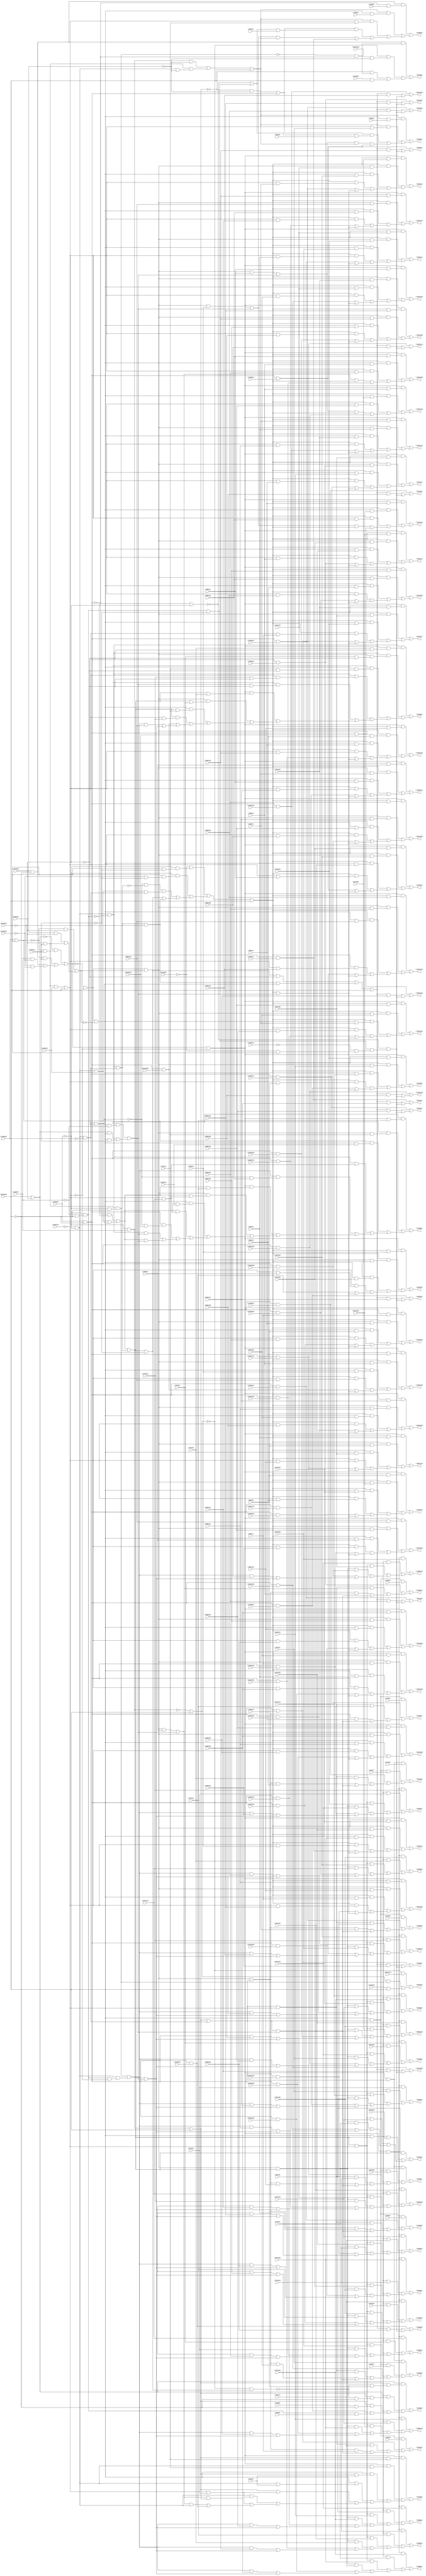
// IWLS benchmark module "i8" printed on Wed May 29 17:27:06 2002
module i8(\V133(3) , \V133(1) , \V133(2) , \V133(0) , \V133(5) , \V133(10) , \V133(6) , \V133(7) , \V133(8) , \V47(31) , \V47(30) , \V47(29) , \V47(28) , \V47(27) , \V47(26) , \V47(25) , \V47(24) , \V47(23) , \V47(22) , \V47(21) , \V47(20) , \V47(19) , \V47(18) , \V47(17) , \V47(16) , \V47(15) , \V47(14) , \V47(13) , \V47(12) , \V47(11) , \V47(10) , \V47(9) , \V47(8) , \V47(7) , \V47(6) , \V47(5) , \V47(4) , \V47(3) , \V47(2) , \V47(1) , \V47(0) , \V84(11) , \V84(10) , \V84(9) , \V84(8) , \V84(7) , \V84(6) , \V84(5) , \V84(4) , \V84(3) , \V84(2) , \V84(1) , \V15(14) , \V15(13) , \V15(12) , \V15(11) , \V15(10) , \V15(9) , \V15(8) , \V15(7) , \V15(6) , \V15(5) , \V15(4) , \V15(3) , \V15(2) , \V15(1) , \V15(0) , \V84(31) , \V84(30) , \V84(29) , \V84(28) , \V84(27) , \V84(26) , \V84(25) , \V84(24) , \V84(23) , \V84(22) , \V84(21) , \V84(20) , \V84(19) , \V84(18) , \V84(17) , \V84(16) , \V84(15) , \V84(14) , \V84(13) , \V84(12) , \V84(0) , \V48(0) , \V49(0) , \V116(0) , \V50(0) , \V52(0) , \V51(0) , \V116(2) , \V133(9) , \V116(1) , \V116(8) , \V116(7) , \V116(6) , \V116(5) , \V116(4) , \V116(3) , \V116(9) , \V116(11) , \V116(10) , \V116(12) , \V116(15) , \V116(14) , \V116(13) , \V116(16) , \V116(31) , \V116(30) , \V116(29) , \V116(28) , \V116(27) , \V116(26) , \V116(25) , \V116(24) , \V116(23) , \V116(22) , \V116(21) , \V116(20) , \V116(19) , \V116(18) , \V116(17) , \V121(16) , \V119(0) , \V121(17) , \V122(0) , \V133(4) , \V118(0) , \V118(1) , \V134(0) , \V136(1) , \V136(0) , \V142(5) , \V142(4) , \V142(3) , \V142(2) , \V142(1) , \V142(0) , \V143(0) , \V145(1) , \V145(0) , \V146(0) , \V149(2) , \V149(1) , \V149(0) , \V150(0) , \V165(14) , \V165(13) , \V165(12) , \V165(11) , \V165(10) , \V165(9) , \V165(8) , \V165(7) , \V165(6) , \V165(5) , \V165(4) , \V165(3) , \V165(2) , \V165(1) , \V165(0) , \V197(31) , \V197(30) , \V197(29) , \V197(28) , \V197(27) , \V197(26) , \V197(25) , \V197(24) , \V197(23) , \V197(22) , \V197(21) , \V197(20) , \V197(19) , \V197(18) , \V197(17) , \V197(16) , \V197(15) , \V197(14) , \V197(13) , \V197(12) , \V197(11) , \V197(10) , \V197(9) , \V197(8) , \V197(7) , \V197(6) , \V197(5) , \V197(4) , \V197(3) , \V197(2) , \V197(1) , \V197(0) , \V212(14) , \V212(13) , \V212(12) , \V212(11) , \V212(10) , \V212(9) , \V212(8) , \V212(7) , \V212(6) , \V212(5) , \V212(4) , \V212(3) , \V212(2) , \V212(1) , \V212(0) , \V213(0) , \V214(0) );
input
  \V47(24) ,
  \V84(31) ,
  \V15(14) ,
  \V84(30) ,
  \V47(21) ,
  \V47(20) ,
  \V15(11) ,
  \V15(10) ,
  \V47(27) ,
  \V47(26) ,
  \V47(29) ,
  \V47(28) ,
  \V47(31) ,
  \V133(10) ,
  \V47(30) ,
  \V116(27) ,
  \V116(26) ,
  \V116(29) ,
  \V116(28) ,
  \V116(3) ,
  \V116(2) ,
  \V116(5) ,
  \V116(4) ,
  \V116(21) ,
  \V116(1) ,
  \V116(20) ,
  \V116(0) ,
  \V47(0) ,
  \V116(23) ,
  \V47(1) ,
  \V116(22) ,
  \V47(2) ,
  \V116(25) ,
  \V121(17) ,
  \V47(3) ,
  \V116(24) ,
  \V121(16) ,
  \V47(4) ,
  \V116(17) ,
  \V116(7) ,
  \V47(5) ,
  \V116(16) ,
  \V116(6) ,
  \V47(6) ,
  \V116(19) ,
  \V48(0) ,
  \V116(9) ,
  \V47(7) ,
  \V116(18) ,
  \V116(8) ,
  \V47(8) ,
  \V47(9) ,
  \V118(1) ,
  \V118(0) ,
  \V49(0) ,
  \V116(11) ,
  \V84(0) ,
  \V116(10) ,
  \V84(1) ,
  \V116(13) ,
  \V84(2) ,
  \V116(12) ,
  \V84(3) ,
  \V116(15) ,
  \V84(4) ,
  \V119(0) ,
  \V116(14) ,
  \V84(5) ,
  \V84(6) ,
  \V84(7) ,
  \V84(8) ,
  \V84(9) ,
  \V84(13) ,
  \V116(31) ,
  \V84(12) ,
  \V116(30) ,
  \V84(15) ,
  \V84(14) ,
  \V84(11) ,
  \V84(10) ,
  \V133(3) ,
  \V133(2) ,
  \V133(5) ,
  \V15(0) ,
  \V133(4) ,
  \V15(1) ,
  \V84(17) ,
  \V50(0) ,
  \V15(2) ,
  \V84(16) ,
  \V15(3) ,
  \V133(1) ,
  \V84(19) ,
  \V15(4) ,
  \V133(0) ,
  \V84(18) ,
  \V15(5) ,
  \V84(23) ,
  \V15(6) ,
  \V84(22) ,
  \V15(7) ,
  \V84(25) ,
  \V15(8) ,
  \V51(0) ,
  \V47(13) ,
  \V84(24) ,
  \V15(9) ,
  \V47(12) ,
  \V133(7) ,
  \V47(15) ,
  \V133(6) ,
  \V47(14) ,
  \V133(9) ,
  \V84(21) ,
  \V133(8) ,
  \V84(20) ,
  \V47(11) ,
  \V52(0) ,
  \V47(10) ,
  \V84(27) ,
  \V84(26) ,
  \V84(29) ,
  \V47(17) ,
  \V84(28) ,
  \V122(0) ,
  \V47(16) ,
  \V47(19) ,
  \V47(18) ,
  \V47(23) ,
  \V47(22) ,
  \V15(13) ,
  \V47(25) ,
  \V15(12) ;
output
  \V165(11) ,
  \V165(10) ,
  \V165(13) ,
  \V165(12) ,
  \V165(14) ,
  \V197(31) ,
  \V197(30) ,
  \V212(3) ,
  \V212(2) ,
  \V212(5) ,
  \V212(4) ,
  \V212(1) ,
  \V212(0) ,
  \V212(7) ,
  \V212(6) ,
  \V213(0) ,
  \V212(9) ,
  \V212(8) ,
  \V150(0) ,
  \V214(0) ,
  \V165(3) ,
  \V165(2) ,
  \V165(5) ,
  \V165(4) ,
  \V165(1) ,
  \V165(0) ,
  \V212(11) ,
  \V212(10) ,
  \V212(13) ,
  \V165(7) ,
  \V212(12) ,
  \V165(6) ,
  \V165(9) ,
  \V212(14) ,
  \V165(8) ,
  \V142(3) ,
  \V142(2) ,
  \V142(5) ,
  \V142(4) ,
  \V142(1) ,
  \V142(0) ,
  \V143(0) ,
  \V197(27) ,
  \V197(26) ,
  \V197(29) ,
  \V197(28) ,
  \V145(1) ,
  \V145(0) ,
  \V197(21) ,
  \V197(20) ,
  \V197(23) ,
  \V197(22) ,
  \V197(25) ,
  \V197(24) ,
  \V146(0) ,
  \V197(17) ,
  \V197(16) ,
  \V197(19) ,
  \V197(18) ,
  \V134(0) ,
  \V197(3) ,
  \V197(11) ,
  \V197(2) ,
  \V197(10) ,
  \V197(5) ,
  \V197(13) ,
  \V149(2) ,
  \V197(4) ,
  \V197(12) ,
  \V197(15) ,
  \V197(14) ,
  \V197(1) ,
  \V197(0) ,
  \V149(1) ,
  \V149(0) ,
  \V136(1) ,
  \V197(7) ,
  \V136(0) ,
  \V197(6) ,
  \V197(9) ,
  \V197(8) ;
wire
  \[60] ,
  V831,
  \[61] ,
  \[62] ,
  \[63] ,
  \[64] ,
  \[65] ,
  \[66] ,
  \[67] ,
  \[68] ,
  \[69] ,
  \[0] ,
  \[1] ,
  \[2] ,
  \[3] ,
  \[4] ,
  \[70] ,
  \[5] ,
  \[71] ,
  \[6] ,
  \[72] ,
  \[7] ,
  \[73] ,
  V967,
  \[8] ,
  \[74] ,
  \[9] ,
  \[75] ,
  \[76] ,
  \[77] ,
  \[78] ,
  \[79] ,
  \[80] ,
  \[82] ,
  \[83] ,
  \[84] ,
  \[85] ,
  \[86] ,
  \[10] ,
  \[11] ,
  \[12] ,
  \[13] ,
  \[90] ,
  \[14] ,
  \[91] ,
  \[15] ,
  \[92] ,
  \[16] ,
  \[93] ,
  \[17] ,
  \[94] ,
  \[18] ,
  \[95] ,
  \[19] ,
  \[96] ,
  \[97] ,
  \[98] ,
  \[100] ,
  \[99] ,
  \[101] ,
  V1117,
  \[104] ,
  \[20] ,
  \[105] ,
  \[21] ,
  \[106] ,
  \[22] ,
  V1146,
  \[23] ,
  V1153,
  \[108] ,
  \[24] ,
  \[109] ,
  \[25] ,
  \[26] ,
  \[27] ,
  \[28] ,
  \[29] ,
  \[110] ,
  \[111] ,
  \[112] ,
  \[113] ,
  \[114] ,
  \[30] ,
  \[31] ,
  \[32] ,
  V553,
  V554,
  \[117] ,
  \[33] ,
  V560,
  \[118] ,
  V569,
  \[34] ,
  \[119] ,
  \[35] ,
  \[36] ,
  \[37] ,
  \[38] ,
  \[39] ,
  \[120] ,
  \[121] ,
  \[122] ,
  \[123] ,
  V622,
  \[124] ,
  \[40] ,
  V631,
  \[125] ,
  \[41] ,
  \[126] ,
  \[42] ,
  \[43] ,
  \[44] ,
  \[129] ,
  \[45] ,
  \[46] ,
  \[47] ,
  \[48] ,
  \[49] ,
  \[130] ,
  \[131] ,
  V715,
  \[134] ,
  \[50] ,
  V732,
  \[135] ,
  \[51] ,
  V749,
  \[52] ,
  \[53] ,
  V766,
  \[138] ,
  \[54] ,
  \[139] ,
  \[55] ,
  \[56] ,
  V799,
  \[57] ,
  \[58] ,
  \[59] ,
  \V235(2) ,
  \[140] ,
  \V235(1) ,
  \V235(0) ;
assign
  \[60]  = (\[94]  & (\[93]  & \V47(27) )) | ((\[93]  & (\[92]  & \V47(24) )) | ((\[93]  & (\[91]  & \V47(20) )) | ((\[93]  & (\V235(0)  & \V84(3) )) | ((\[97]  & \V116(3) ) | (\[93]  & V553))))),
  V831 = V715 & ~\V133(5) ,
  \[61]  = (\[94]  & (\[93]  & \V47(26) )) | ((\[93]  & (\[92]  & \V47(23) )) | ((\[93]  & (\[91]  & \V47(19) )) | ((\[93]  & (\V235(0)  & \V84(2) )) | ((\[97]  & \V116(2) ) | (\[93]  & V553))))),
  \V165(11)  = \[20] ,
  \[62]  = (\[94]  & (\[93]  & \V47(25) )) | ((\[93]  & (\[92]  & \V47(22) )) | ((\[93]  & (\[91]  & \V47(18) )) | ((\[93]  & (\V235(0)  & \V84(1) )) | ((\[97]  & \V116(1) ) | (\[93]  & V553))))),
  \V165(10)  = \[21] ,
  \[63]  = (\[94]  & (\[93]  & \V47(24) )) | ((\[93]  & (\[92]  & \V47(21) )) | ((\[93]  & (\[91]  & \V47(17) )) | ((\[93]  & (\V235(0)  & \V84(0) )) | ((\[97]  & \V116(0) ) | (\[93]  & V553))))),
  \V165(13)  = \[18] ,
  \[64]  = (\[114]  & \V116(14) ) | ((\[98]  & \V84(31) ) | V1117),
  \V165(12)  = \[19] ,
  \[65]  = (\[114]  & \V116(13) ) | ((\[98]  & \V84(30) ) | V1117),
  \[66]  = (\[114]  & \V116(12) ) | ((\[98]  & \V84(29) ) | V1117),
  \V165(14)  = \[17] ,
  \[67]  = (\[114]  & \V116(11) ) | ((\[98]  & \V84(28) ) | V1117),
  \[68]  = (\[114]  & \V116(10) ) | ((\[98]  & \V84(27) ) | V1117),
  \[69]  = (\[114]  & \V116(9) ) | ((\[98]  & \V84(26) ) | V1117),
  \[0]  = (\[131]  & (\[85]  & (~V554 & \V84(0) ))) | ((\[131]  & (\[85]  & (~V554 & ~\V133(10) ))) | ((\[85]  & (\V48(0)  & ~\V133(10) )) | ((V799 & \V116(0) ) | (V560 & \V49(0) )))),
  \[1]  = (\[129]  & (\[91]  & \V15(1) )) | ((\[129]  & (\V235(0)  & \V47(2) )) | ((\[117]  & (\[100]  & \V52(0) )) | ((\[134]  & \[129] ) | (V799 & \V116(2) )))),
  \[2]  = (\[138]  & (~V799 & \V50(0) )) | ((\[129]  & (\[91]  & \V15(0) )) | ((\[129]  & (\V235(0)  & \V47(1) )) | ((\[117]  & (\[100]  & \V51(0) )) | ((\[135]  & \[129] ) | (V799 & \V116(1) ))))),
  \[3]  = (\[140]  & \V47(0) ) | ((\[123]  & \V15(7) ) | ((\[121]  & \V116(8) ) | ((\[120]  & \V47(8) ) | ((\[119]  & \V84(8) ) | \[122] )))),
  \[4]  = (\[123]  & \V15(6) ) | ((\[121]  & \V116(7) ) | ((\[120]  & \V47(7) ) | ((\[119]  & \V84(7) ) | \[122] ))),
  \[70]  = (\[114]  & \V116(8) ) | ((\[98]  & \V84(25) ) | V1117),
  \V197(31)  = \[32] ,
  \[5]  = (\[123]  & \V15(5) ) | ((\[121]  & \V116(6) ) | ((\[120]  & \V47(6) ) | ((\[119]  & \V84(6) ) | \[122] ))),
  \[71]  = (\[114]  & \V116(7) ) | ((\[98]  & \V84(24) ) | V1117),
  \V197(30)  = \[33] ,
  \[6]  = (\[123]  & \V15(4) ) | ((\[121]  & \V116(5) ) | ((\[120]  & \V47(5) ) | ((\[119]  & \V84(5) ) | \[122] ))),
  \[72]  = (\[114]  & \V116(6) ) | ((\[98]  & \V84(23) ) | V1117),
  \[7]  = (\[123]  & \V15(3) ) | ((\[121]  & \V116(4) ) | ((\[120]  & \V47(4) ) | ((\[119]  & \V84(4) ) | \[122] ))),
  \[73]  = (\[114]  & \V116(5) ) | ((\[98]  & \V84(22) ) | V1117),
  \V212(3)  = \[75] ,
  V967 = V766 & ~\V133(1) ,
  \[8]  = (\[123]  & \V15(2) ) | ((\[121]  & \V116(3) ) | ((\[120]  & \V47(3) ) | ((\[119]  & \V84(3) ) | \[122] ))),
  \[74]  = (\[114]  & \V116(4) ) | ((\[98]  & \V84(21) ) | V1117),
  \V212(2)  = \[76] ,
  \[9]  = (\[94]  & (\[85]  & \V47(1) )) | ((\[94]  & (V622 & \V47(1) )) | ((\[91]  & (\[85]  & \V15(8) )) | ((\[91]  & (V622 & \V15(8) )) | ((\[85]  & (\V235(0)  & \V47(9) )) | ((V622 & (\V235(0)  & \V47(9) )) | ((\[126]  & \[85] ) | ((\[126]  & V622) | (\[118]  & \V116(9) )))))))),
  \[75]  = (\[114]  & \V116(3) ) | ((\[98]  & \V84(20) ) | V1117),
  \V212(5)  = \[73] ,
  \[76]  = (\[114]  & \V116(2) ) | ((\[98]  & \V84(19) ) | V1117),
  \V212(4)  = \[74] ,
  \[77]  = (\[114]  & \V116(1) ) | ((\[98]  & \V84(18) ) | V1117),
  \[78]  = (\[114]  & \V116(0) ) | ((\[98]  & \V84(17) ) | V1117),
  \[79]  = (\[138]  & (~V1153 & ~V799)) | ((~\[101]  & (\V121(16)  & ~\V133(8) )) | ((~\[85]  & (~V1153 & ~V799)) | (\V119(0)  & \V133(10) ))),
  \V212(1)  = \[77] ,
  \V212(0)  = \[78] ,
  \V212(7)  = \[71] ,
  \[80]  = (~\[101]  & \V121(17) ) | ((\[101]  & V1153) | (\V122(0)  & \V133(10) )),
  \V212(6)  = \[72] ,
  \V213(0)  = \[79] ,
  \V212(9)  = \[69] ,
  \[82]  = (~V799 & ~V560) | (V749 | V732),
  \V212(8)  = \[70] ,
  \[83]  = \[82]  | V715,
  \[84]  = ~\V235(1)  & ~\V235(0) ,
  \[85]  = V766 | \V133(10) ,
  \V150(0)  = \[16] ,
  \[86]  = \[85]  | V631,
  \V214(0)  = \[80] ,
  \V165(3)  = \[28] ,
  \V165(2)  = \[29] ,
  \V165(5)  = \[26] ,
  \V165(4)  = \[27] ,
  \[10]  = (\[140]  & \V47(3) ) | ((\[123]  & \V15(10) ) | ((\[121]  & \V116(11) ) | ((\[120]  & \V47(11) ) | ((\[119]  & \V84(11) ) | \[122] )))),
  \V165(1)  = \[30] ,
  \[11]  = (\[140]  & \V47(2) ) | ((\[123]  & \V15(9) ) | ((\[121]  & \V116(10) ) | ((\[120]  & \V47(10) ) | ((\[119]  & \V84(10) ) | \[122] )))),
  \V165(0)  = \[31] ,
  \[12]  = (\[139]  & (\[94]  & \V47(4) )) | ((\[139]  & (\[92]  & \V47(1) )) | ((\[139]  & (\[91]  & \V15(11) )) | ((\[139]  & (\V235(0)  & \V47(12) )) | ((\[104]  & (~V732 & \V84(12) )) | ((\[94]  & (\[82]  & \V47(4) )) | ((\[92]  & (\[82]  & \V47(1) )) | ((\[91]  & (\[82]  & \V15(11) )) | ((\[82]  & (\V235(0)  & \V47(12) )) | ((V799 & (~V732 & \V116(12) )) | ((\[139]  & V553) | (\[82]  & V553))))))))))),
  \[13]  = (\[112]  & \V47(7) ) | ((\[110]  & \V15(14) ) | ((\[109]  & \V47(15) ) | ((\[108]  & \V47(4) ) | ((\[106]  & \V116(15) ) | ((\[105]  & \V84(15) ) | \[111] ))))),
  \[90]  = (~\V118(0)  & (~\V133(9)  & (\V133(5)  & ~\V133(1) ))) | ((~\V133(9)  & (\V133(5)  & (~\V133(0)  & ~\V133(1) ))) | ((\[96]  & (V749 & V631)) | (V967 | V831))),
  \[14]  = (\[112]  & \V47(6) ) | ((\[110]  & \V15(13) ) | ((\[109]  & \V47(14) ) | ((\[108]  & \V47(3) ) | ((\[106]  & \V116(14) ) | ((\[105]  & \V84(14) ) | \[111] ))))),
  \[91]  = \[84]  & ~\V235(2) ,
  \V212(11)  = \[67] ,
  \[15]  = (\[112]  & \V47(5) ) | ((\[110]  & \V15(12) ) | ((\[109]  & \V47(13) ) | ((\[108]  & \V47(2) ) | ((\[106]  & \V116(13) ) | ((\[105]  & \V84(13) ) | \[111] ))))),
  \[92]  = \[84]  & \V235(2) ,
  \V212(10)  = \[68] ,
  \[16]  = (\[139]  & (\[94]  & (\V47(8)  & ~\V133(2) ))) | ((\[139]  & (\[92]  & (\V47(5)  & ~\V133(2) ))) | ((\[139]  & (\[91]  & (\V47(1)  & ~\V133(2) ))) | ((\[139]  & (\V235(0)  & (\V47(16)  & ~\V133(2) ))) | ((\[139]  & (V553 & ~\V133(2) )) | ((\[94]  & (\[83]  & \V47(8) )) | ((\[92]  & (\[83]  & \V47(5) )) | ((\[91]  & (\[83]  & \V47(1) )) | ((\[83]  & (\V235(0)  & \V47(16) )) | ((\[106]  & \V116(16) ) | ((\[105]  & \V84(16) ) | (\[83]  & V553))))))))))),
  \[93]  = \[90]  | \V133(10) ,
  \V212(13)  = \[65] ,
  \V165(7)  = \[24] ,
  \[17]  = (\[112]  & \V47(23) ) | ((\[110]  & \V47(16) ) | ((\[109]  & \V47(31) ) | ((\[108]  & \V47(20) ) | ((\[106]  & \V116(31) ) | ((\[105]  & \V84(31) ) | \[111] ))))),
  \[94]  = \V235(1)  & ~\V235(0) ,
  \V212(12)  = \[66] ,
  \V165(6)  = \[25] ,
  \[18]  = (\[112]  & \V47(22) ) | ((\[110]  & \V47(15) ) | ((\[109]  & \V47(30) ) | ((\[108]  & \V47(19) ) | ((\[106]  & \V116(30) ) | ((\[105]  & \V84(30) ) | \[111] ))))),
  \[95]  = (V967 & ~\V133(2) ) | (V831 & V732),
  \V165(9)  = \[22] ,
  \[19]  = (\[112]  & \V47(21) ) | ((\[110]  & \V47(14) ) | ((\[109]  & \V47(29) ) | ((\[108]  & \V47(18) ) | ((\[106]  & \V116(29) ) | ((\[105]  & \V84(29) ) | \[111] ))))),
  \[96]  = ~V732 & ~V715,
  \V212(14)  = \[64] ,
  \V165(8)  = \[23] ,
  \[97]  = V799,
  \[98]  = \[95]  | \V133(10) ,
  \[100]  = ~\[99]  | V1146,
  \[99]  = ~V560 | \V133(2) ,
  \[101]  = ~V766 | \V133(10) ,
  V1117 = ~\[99]  & (V1146 & (~\V118(1)  & (~\V118(0)  & \V133(5) ))),
  \[104]  = V1153 & (V622 & (V560 & ~\V235(0) )),
  \[20]  = (\[112]  & \V47(20) ) | ((\[110]  & \V47(13) ) | ((\[109]  & \V47(28) ) | ((\[108]  & \V47(17) ) | ((\[106]  & \V116(28) ) | ((\[105]  & \V84(28) ) | \[111] ))))),
  \[105]  = \[104] ,
  \[21]  = (\[112]  & \V47(19) ) | ((\[110]  & \V47(12) ) | ((\[109]  & \V47(27) ) | ((\[108]  & \V47(16) ) | ((\[106]  & \V116(27) ) | ((\[105]  & \V84(27) ) | \[111] ))))),
  \[106]  = V799,
  \[22]  = (\[112]  & \V47(18) ) | ((\[110]  & \V47(11) ) | ((\[109]  & \V47(26) ) | ((\[108]  & \V47(15) ) | ((\[106]  & \V116(26) ) | ((\[105]  & \V84(26) ) | \[111] ))))),
  V1146 = V560 & ~\V133(1) ,
  \[23]  = (\[112]  & \V47(17) ) | ((\[110]  & \V47(10) ) | ((\[109]  & \V47(25) ) | ((\[108]  & \V47(14) ) | ((\[106]  & \V116(25) ) | ((\[105]  & \V84(25) ) | \[111] ))))),
  V1153 = \[130]  & (~\V133(9)  & ~\V133(10) ),
  \[108]  = \[92]  & \[83] ,
  \[24]  = (\[112]  & \V47(16) ) | ((\[110]  & \V47(9) ) | ((\[109]  & \V47(24) ) | ((\[108]  & \V47(13) ) | ((\[106]  & \V116(24) ) | ((\[105]  & \V84(24) ) | \[111] ))))),
  \[109]  = \[83]  & \V235(0) ,
  \[25]  = (\[112]  & \V47(15) ) | ((\[110]  & \V47(8) ) | ((\[109]  & \V47(23) ) | ((\[108]  & \V47(12) ) | ((\[106]  & \V116(23) ) | ((\[105]  & \V84(23) ) | \[111] ))))),
  \V142(3)  = \[5] ,
  \[26]  = (\[112]  & \V47(14) ) | ((\[110]  & \V47(7) ) | ((\[109]  & \V47(22) ) | ((\[108]  & \V47(11) ) | ((\[106]  & \V116(22) ) | ((\[105]  & \V84(22) ) | \[111] ))))),
  \V142(2)  = \[6] ,
  \[27]  = (\[112]  & \V47(13) ) | ((\[110]  & \V47(6) ) | ((\[109]  & \V47(21) ) | ((\[108]  & \V47(10) ) | ((\[106]  & \V116(21) ) | ((\[105]  & \V84(21) ) | \[111] ))))),
  \V142(5)  = \[3] ,
  \[28]  = (\[112]  & \V47(12) ) | ((\[110]  & \V47(5) ) | ((\[109]  & \V47(20) ) | ((\[108]  & \V47(9) ) | ((\[106]  & \V116(20) ) | ((\[105]  & \V84(20) ) | \[111] ))))),
  \V142(4)  = \[4] ,
  \[29]  = (\[112]  & \V47(11) ) | ((\[110]  & \V47(4) ) | ((\[109]  & \V47(19) ) | ((\[108]  & \V47(8) ) | ((\[106]  & \V116(19) ) | ((\[105]  & \V84(19) ) | \[111] ))))),
  \V142(1)  = \[7] ,
  \[110]  = \[91]  & \[83] ,
  \V142(0)  = \[8] ,
  \[111]  = \[83]  & V553,
  \[112]  = \[94]  & \[83] ,
  \[113]  = 0,
  \[114]  = V799,
  \[30]  = (\[112]  & \V47(10) ) | ((\[110]  & \V47(3) ) | ((\[109]  & \V47(18) ) | ((\[108]  & \V47(7) ) | ((\[106]  & \V116(18) ) | ((\[105]  & \V84(18) ) | \[111] ))))),
  \[31]  = (\[112]  & \V47(9) ) | ((\[110]  & \V47(2) ) | ((\[109]  & \V47(17) ) | ((\[108]  & \V47(6) ) | ((\[106]  & \V116(17) ) | ((\[105]  & \V84(17) ) | \[111] ))))),
  \[32]  = (\[94]  & (\[93]  & \V84(23) )) | ((\[93]  & (\[92]  & \V84(20) )) | ((\[93]  & (\[91]  & \V84(16) )) | ((\[93]  & (\V235(0)  & \V84(31) )) | ((\[97]  & \V116(31) ) | (\[93]  & V553))))),
  V553 = (\[125]  & (\[91]  & ~\V133(7) )) | ((\[131]  & \[91] ) | (\[91]  & \V133(1) )),
  V554 = ~\[101]  & V967,
  \V143(0)  = \[9] ,
  \[117]  = (~\[85]  & ~\V133(8) ) | V799,
  \[33]  = (\[94]  & (\[93]  & \V84(22) )) | ((\[93]  & (\[92]  & \V84(19) )) | ((\[93]  & (\[91]  & \V84(15) )) | ((\[93]  & (\V235(0)  & \V84(30) )) | ((\[97]  & \V116(30) ) | (\[93]  & V553))))),
  V560 = ~\V133(9)  & (~\V133(7)  & ~\V133(10) ),
  \[118]  = V799,
  V569 = \[130]  & (V622 & ~\V133(8) ),
  \[34]  = (\[94]  & (\[93]  & \V84(21) )) | ((\[93]  & (\[92]  & \V84(18) )) | ((\[93]  & (\[91]  & \V84(14) )) | ((\[93]  & (\V235(0)  & \V84(29) )) | ((\[97]  & \V116(29) ) | (\[93]  & V553))))),
  \[119]  = \[92]  & \[86] ,
  \[35]  = (\[94]  & (\[93]  & \V84(20) )) | ((\[93]  & (\[92]  & \V84(17) )) | ((\[93]  & (\[91]  & \V84(13) )) | ((\[93]  & (\V235(0)  & \V84(28) )) | ((\[97]  & \V116(28) ) | (\[93]  & V553))))),
  \[36]  = (\[94]  & (\[93]  & \V84(19) )) | ((\[93]  & (\[92]  & \V84(16) )) | ((\[93]  & (\[91]  & \V84(12) )) | ((\[93]  & (\V235(0)  & \V84(27) )) | ((\[97]  & \V116(27) ) | (\[93]  & V553))))),
  \V197(27)  = \[36] ,
  \[37]  = (\[94]  & (\[93]  & \V84(18) )) | ((\[93]  & (\[92]  & \V84(15) )) | ((\[93]  & (\[91]  & \V84(11) )) | ((\[93]  & (\V235(0)  & \V84(26) )) | ((\[97]  & \V116(26) ) | (\[93]  & V553))))),
  \V197(26)  = \[37] ,
  \[38]  = (\[94]  & (\[93]  & \V84(17) )) | ((\[93]  & (\[92]  & \V84(14) )) | ((\[93]  & (\[91]  & \V84(10) )) | ((\[93]  & (\V235(0)  & \V84(25) )) | ((\[97]  & \V116(25) ) | (\[93]  & V553))))),
  \V197(29)  = \[34] ,
  \[39]  = (\[94]  & (\[93]  & \V84(16) )) | ((\[93]  & (\[92]  & \V84(13) )) | ((\[93]  & (\[91]  & \V84(9) )) | ((\[93]  & (\V235(0)  & \V84(24) )) | ((\[97]  & \V116(24) ) | (\[93]  & V553))))),
  \V197(28)  = \[35] ,
  \[120]  = \[86]  & \V235(0) ,
  \[121]  = \[118] ,
  \[122]  = \[86]  & V553,
  \V145(1)  = \[10] ,
  \[123]  = \[91]  & \[86] ,
  \V145(0)  = \[11] ,
  V622 = ~\V133(4)  & ~\V133(9) ,
  \[124]  = (V766 & ~\V133(8) ) | V569,
  \[40]  = (\[94]  & (\[93]  & \V84(15) )) | ((\[93]  & (\[92]  & \V84(12) )) | ((\[93]  & (\[91]  & \V84(8) )) | ((\[93]  & (\V235(0)  & \V84(23) )) | ((\[97]  & \V116(23) ) | (\[93]  & V553))))),
  V631 = V622 & ~\V133(6) ,
  \V197(21)  = \[42] ,
  \[125]  = \V133(6)  | \V133(5) ,
  \[41]  = (\[94]  & (\[93]  & \V84(14) )) | ((\[93]  & (\[92]  & \V84(11) )) | ((\[93]  & (\[91]  & \V84(7) )) | ((\[93]  & (\V235(0)  & \V84(22) )) | ((\[97]  & \V116(22) ) | (\[93]  & V553))))),
  \V197(20)  = \[43] ,
  \[126]  = (\[92]  & \V84(9) ) | V553,
  \[42]  = (\[94]  & (\[93]  & \V84(13) )) | ((\[93]  & (\[92]  & \V84(10) )) | ((\[93]  & (\[91]  & \V84(6) )) | ((\[93]  & (\V235(0)  & \V84(21) )) | ((\[97]  & \V116(21) ) | (\[93]  & V553))))),
  \V197(23)  = \[40] ,
  \[43]  = (\[94]  & (\[93]  & \V84(12) )) | ((\[93]  & (\[91]  & \V84(5) )) | ((\[93]  & (\V235(0)  & \V84(20) )) | ((\[126]  & \[93] ) | (\[97]  & \V116(20) )))),
  \V197(22)  = \[41] ,
  \[44]  = (\[94]  & (\[93]  & \V84(11) )) | ((\[93]  & (\[92]  & \V84(8) )) | ((\[93]  & (\[91]  & \V84(4) )) | ((\[93]  & (\V235(0)  & \V84(19) )) | ((\[97]  & \V116(19) ) | (\[93]  & V553))))),
  \V197(25)  = \[38] ,
  \[129]  = \[124]  | \V133(10) ,
  \[45]  = (\[94]  & (\[93]  & \V84(10) )) | ((\[93]  & (\[92]  & \V84(7) )) | ((\[93]  & (\[91]  & \V84(3) )) | ((\[93]  & (\V235(0)  & \V84(18) )) | ((\[97]  & \V116(18) ) | (\[93]  & V553))))),
  \V197(24)  = \[39] ,
  \V146(0)  = \[12] ,
  \[46]  = (\[94]  & (\[93]  & \V84(9) )) | ((\[93]  & (\[92]  & \V84(6) )) | ((\[93]  & (\[91]  & \V84(2) )) | ((\[93]  & (\V235(0)  & \V84(17) )) | ((\[97]  & \V116(17) ) | (\[93]  & V553))))),
  \V197(17)  = \[46] ,
  \[47]  = (\[94]  & (\[93]  & \V84(8) )) | ((\[93]  & (\[92]  & \V84(5) )) | ((\[93]  & (\[91]  & \V84(1) )) | ((\[93]  & (\V235(0)  & \V84(16) )) | ((\[97]  & \V116(16) ) | (\[93]  & V553))))),
  \V197(16)  = \[47] ,
  \[48]  = (\[94]  & (\[93]  & \V84(7) )) | ((\[93]  & (\[92]  & \V84(4) )) | ((\[93]  & (\[91]  & \V84(0) )) | ((\[93]  & (\V235(0)  & \V84(15) )) | ((\[97]  & \V116(15) ) | (\[93]  & V553))))),
  \V197(19)  = \[44] ,
  \[49]  = (\[94]  & (\[93]  & \V84(6) )) | ((\[93]  & (\[92]  & \V84(3) )) | ((\[93]  & (\[91]  & \V47(31) )) | ((\[93]  & (\V235(0)  & \V84(14) )) | ((\[97]  & \V116(14) ) | (\[93]  & V553))))),
  \V197(18)  = \[45] ,
  \[130]  = \V133(2)  & \V133(1) ,
  \[131]  = \V133(10)  | \V133(2) ,
  V715 = \[139]  & V631,
  \[134]  = (\[92]  & \V84(2) ) | V553,
  \V134(0)  = \[0] ,
  \V197(3)  = \[60] ,
  \[50]  = (\[94]  & (\[93]  & \V84(5) )) | ((\[93]  & (\[91]  & \V47(30) )) | ((\[93]  & (\V235(0)  & \V84(13) )) | ((\[134]  & \[93] ) | (\[97]  & \V116(13) )))),
  \V197(11)  = \[52] ,
  V732 = V631 & ~\V133(2) ,
  \[135]  = (\[92]  & \V84(1) ) | V553,
  \V197(2)  = \[61] ,
  \[51]  = (\[94]  & (\[93]  & \V84(4) )) | ((\[93]  & (\[91]  & \V47(29) )) | ((\[93]  & (\V235(0)  & \V84(12) )) | ((\[135]  & \[93] ) | (\[97]  & \V116(12) )))),
  \V197(10)  = \[53] ,
  \V197(5)  = \[58] ,
  V749 = V622 & \V133(3) ,
  \[52]  = (\[94]  & (\[93]  & \V84(3) )) | ((\[93]  & (\[92]  & \V84(0) )) | ((\[93]  & (\[91]  & \V47(28) )) | ((\[93]  & (\V235(0)  & \V84(11) )) | ((\[97]  & \V116(11) ) | (\[93]  & V553))))),
  \V197(13)  = \[50] ,
  \V149(2)  = \[13] ,
  \V197(4)  = \[59] ,
  \[53]  = (\[94]  & (\[93]  & \V84(2) )) | ((\[93]  & (\[92]  & \V47(31) )) | ((\[93]  & (\[91]  & \V47(27) )) | ((\[93]  & (\V235(0)  & \V84(10) )) | ((\[97]  & \V116(10) ) | (\[93]  & V553))))),
  \V197(12)  = \[51] ,
  V766 = ~\V133(9)  & \V133(7) ,
  \[138]  = \V133(8)  & ~\V133(10) ,
  \[54]  = (\[94]  & (\[93]  & \V84(1) )) | ((\[93]  & (\[92]  & \V47(30) )) | ((\[93]  & (\[91]  & \V47(26) )) | ((\[93]  & (\V235(0)  & \V84(9) )) | ((\[97]  & \V116(9) ) | (\[93]  & V553))))),
  \V197(15)  = \[48] ,
  \[139]  = V622 & ~\V133(1) ,
  \[55]  = (\[94]  & (\[93]  & \V84(0) )) | ((\[93]  & (\[92]  & \V47(29) )) | ((\[93]  & (\[91]  & \V47(25) )) | ((\[93]  & (\V235(0)  & \V84(8) )) | ((\[97]  & \V116(8) ) | (\[93]  & V553))))),
  \V197(14)  = \[49] ,
  \V197(1)  = \[62] ,
  \[56]  = (\[94]  & (\[93]  & \V47(31) )) | ((\[93]  & (\[92]  & \V47(28) )) | ((\[93]  & (\[91]  & \V47(24) )) | ((\[93]  & (\V235(0)  & \V84(7) )) | ((\[97]  & \V116(7) ) | (\[93]  & V553))))),
  \V197(0)  = \[63] ,
  V799 = \V133(9)  & ~\V133(10) ,
  \[57]  = (\[94]  & (\[93]  & \V47(30) )) | ((\[93]  & (\[92]  & \V47(27) )) | ((\[93]  & (\[91]  & \V47(23) )) | ((\[93]  & (\V235(0)  & \V84(6) )) | ((\[97]  & \V116(6) ) | (\[93]  & V553))))),
  \V149(1)  = \[14] ,
  \[58]  = (\[94]  & (\[93]  & \V47(29) )) | ((\[93]  & (\[92]  & \V47(26) )) | ((\[93]  & (\[91]  & \V47(22) )) | ((\[93]  & (\V235(0)  & \V84(5) )) | ((\[97]  & \V116(5) ) | (\[93]  & V553))))),
  \V149(0)  = \[15] ,
  \[59]  = (\[94]  & (\[93]  & \V47(28) )) | ((\[93]  & (\[92]  & \V47(25) )) | ((\[93]  & (\[91]  & \V47(21) )) | ((\[93]  & (\V235(0)  & \V84(4) )) | ((\[97]  & \V116(4) ) | (\[93]  & V553))))),
  \V235(2)  = (~\[125]  & \V133(2) ) | ((\V133(8)  & \V133(2) ) | \[130] ),
  \V136(1)  = \[1] ,
  \[140]  = \[94]  & \[86] ,
  \V197(7)  = \[56] ,
  \V136(0)  = \[2] ,
  \V197(6)  = \[57] ,
  \V197(9)  = \[54] ,
  \V235(1)  = (~\[131]  & (~\[125]  & \V133(1) )) | ((\[138]  & \V133(1) ) | ((\V133(7)  & ~\V133(0) ) | (~\V133(5)  & ~\V133(0) ))),
  \V197(8)  = \[55] ,
  \V235(0)  = (\[130]  & \V133(3) ) | \V133(10) ;
endmodule